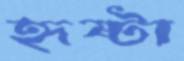
হৃষ্টা